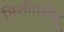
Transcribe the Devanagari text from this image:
मिली।घरेलू